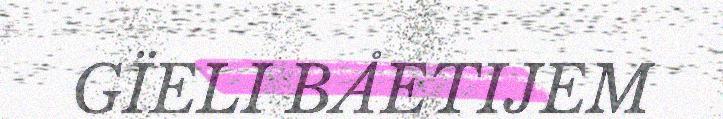
GÏELI BÅETIJEM